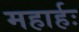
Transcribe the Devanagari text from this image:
महार्हः